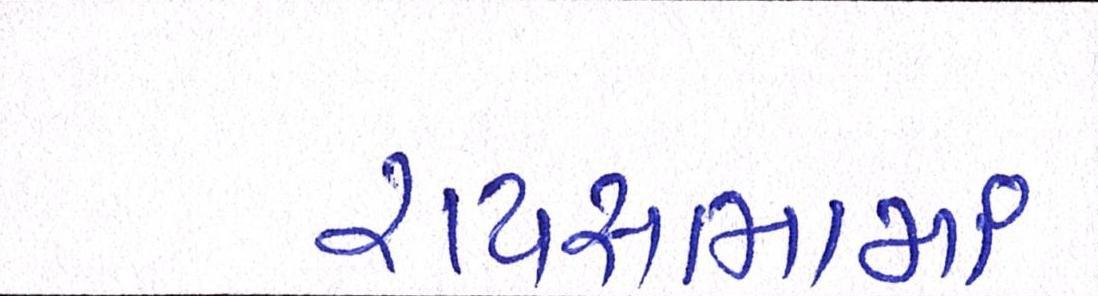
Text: રાયસભામાં